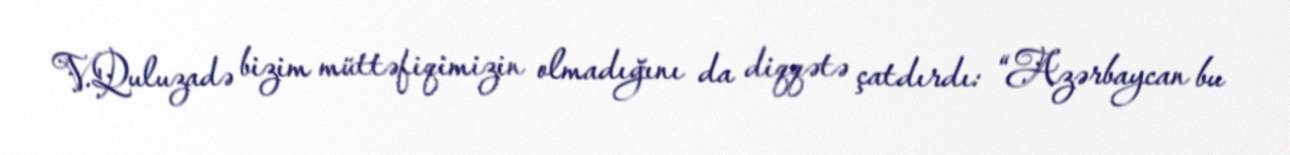
V.Quluzadə bizim müttəfiqimizin olmadığını da diqqətə çatdırdı: “Azərbaycan bu